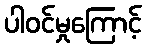
ပါဝင်မှုကြောင့်